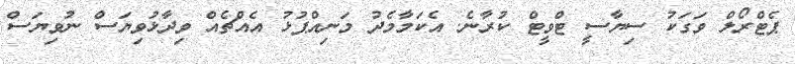
ޕެޓްރޯލް ވަގަކު ސިޔާސީ ޓްވީޓް ކުރާނެ. އެކަމާމެދު މަނިއްޕުޅު އެއްޗެއް ވިދާޅުވިޔަސް ނުވިޔަސް